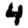
Digit: 4